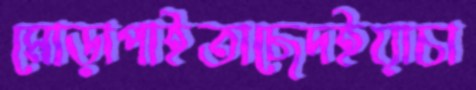
মোড়াপাইতাছেদইয়াচা